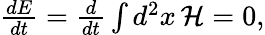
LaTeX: \begin{array}{r}{\frac{dE}{dt}=\frac{d}{dt}\int d^{2}x\, \mathcal{H}=0,}\end{array}